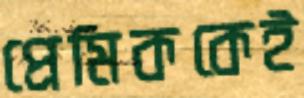
প্রেমিককেই